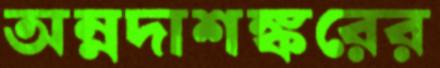
অন্নদাশঙ্করের